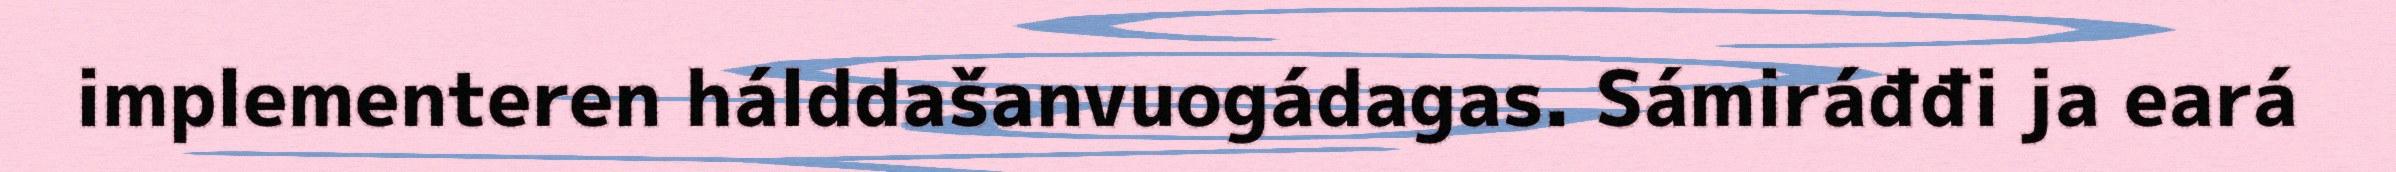
implementeren hálddašanvuogádagas. Sámiráđđi ja eará